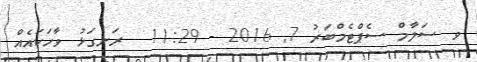
ވ ސަލާމް ސެޕްޓެމްބަރު 7